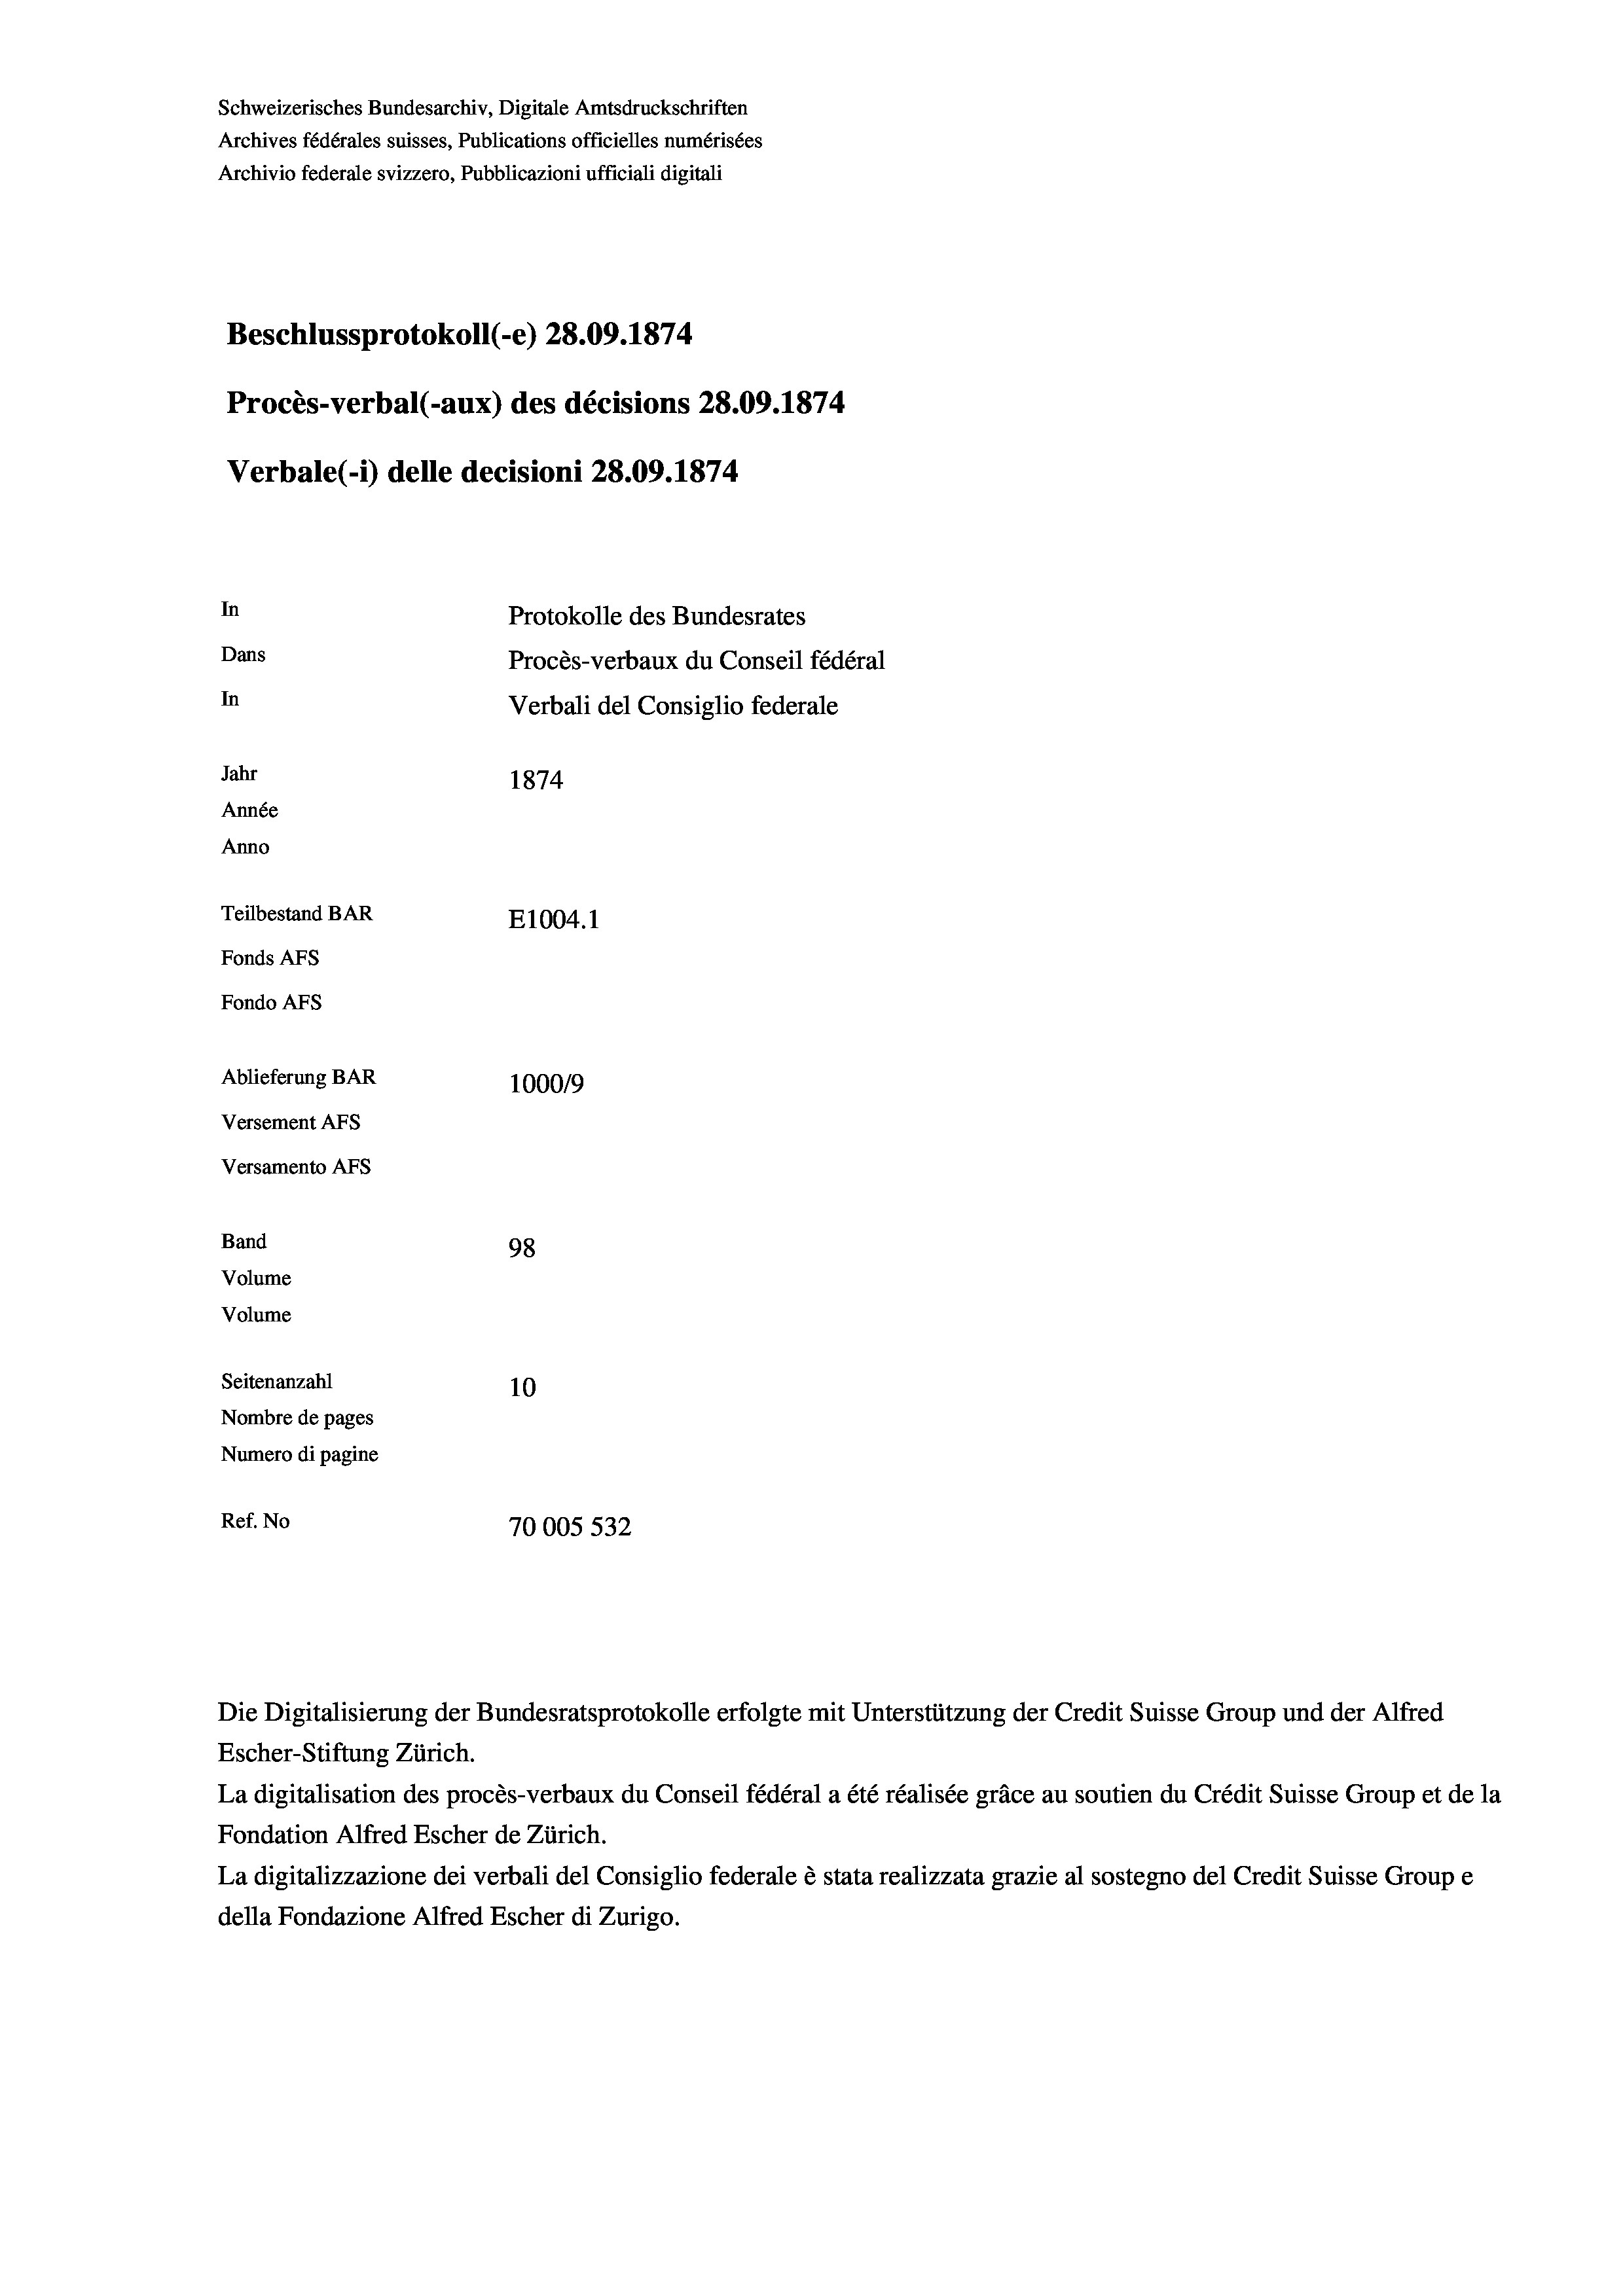
Schweizerisches Bundesarchiv, Digitale Amtsdruckschriften
Archives fédérales suisses, Publications officielles numérisées
Archivio federale svizzero, Pubblicazioni ufficiali digitali
Beschlussprotokoll (-e) 28.09. 1874
Procès-verbal (-aux) des décisions 28.09. 1874
Verbale (i) delle decisioni 28.09. 1874
In
Protokolle des Bundesrates
Dans
Procès-verbaux du Conseil fédéral
In
Verbali del Consiglio federale
Jahr
1874
Année
Anno
Teilbestand BAR
E1004.1
Fonds AFs
Fondo AFs
Ablieferung BAR
100019
Versement AFS
Versamento Afs
Band
98
Volume
Volume

Seitenanzahl
10
Nombre de pages
Numero di pagine
Ref. No
70005 532

Die Digitalisierung der Bundesratsprotokolle erfolgte mit Unterstützung der Credit Suisse Group und der Alfred
Escher-Stiftung Zürich.
La digitalisation des procès-verbaux du Conseil fédéral a été réalisée gräce au soutien du Crédit Suisse Group et de la
Fondation Alfred Escher de Zürich.
La digitalizzazione dei verbali del Consiglio federale è stata realizzata grazie al sostegno del Credit Suisse Groupe
della Fondazione Alfred Escher di Zurigo.